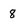
Character: 8